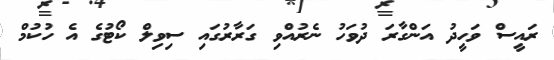
ރައީސް ވަހީދު އަންގާރަ ދުވަހު ނެރުއްވި ގަރާރުގައި ސިވިލް ކޯޓުގެ އެ ހުކުމް